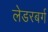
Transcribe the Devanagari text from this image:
लेडरबर्ग